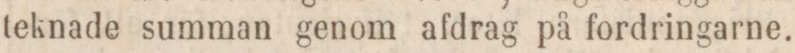
teknade summan genom afdrag på fordringarne.